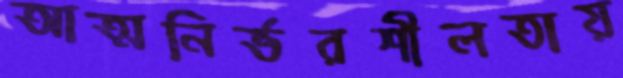
আত্মনির্ভরশীলতায়